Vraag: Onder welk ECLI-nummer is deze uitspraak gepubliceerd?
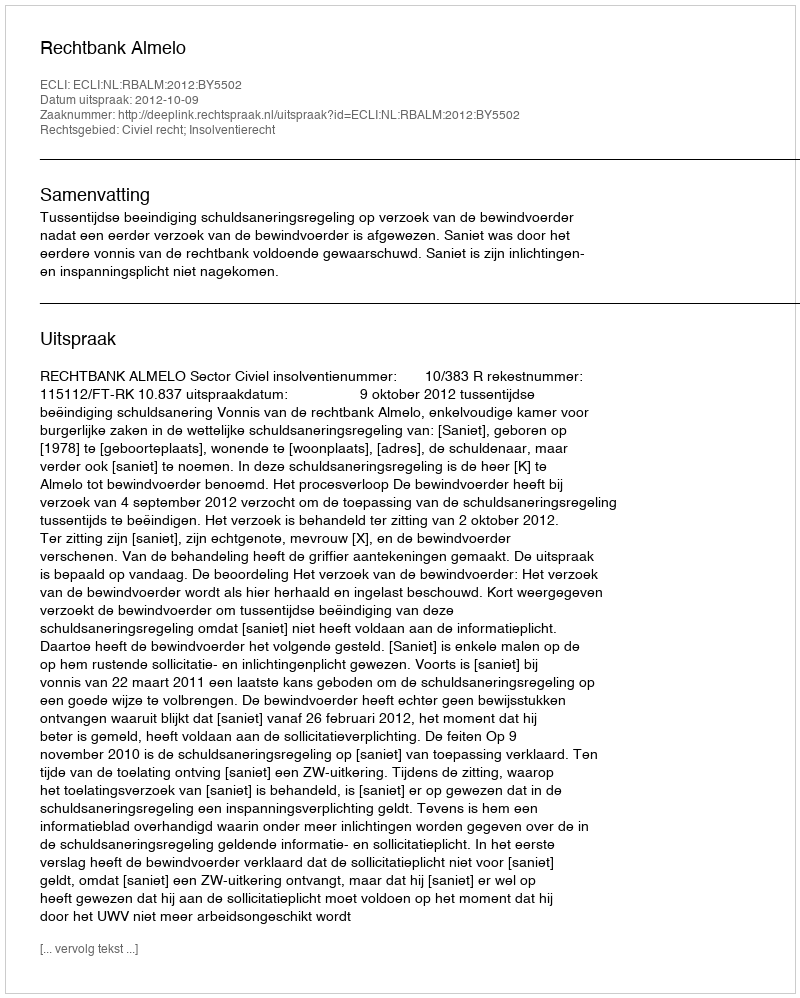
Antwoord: ECLI:NL:RBALM:2012:BY5502